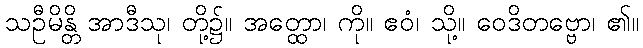
သဦမိန္တိ အာဒီသု၊ တို့၌။ အတ္ထော၊ ကို။ ဧဝံ၊ သို့။ ဝေဒိတဗ္ဗော၊ ၏။